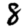
Digit: 8